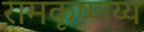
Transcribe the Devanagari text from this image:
रामकृष्णय्य